Subject: math
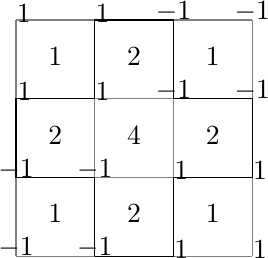
LaTeX code:
    \begin{tikzpicture}[scale=1]
        \draw [gray] (0,0) grid (3,3);
        \draw (1,0)--(2,0)--(2,1)--(3,1)--(3,2)--(2,2)--(2,3)--(1,3)--(1,2)--(0,2)--(0,1)--(1,1)--(1,0);

        \node [above] at (0,.85) {$-1$};
        \node [above] at (1,.85) {$-1$};
        \node [above] at (2.1,.85) {$1$};
        \node [above] at (3.1,.85) {$1$};
        \node [above] at (0.11,1.85) {$1$};
        \node [above] at (1.1,1.85) {$1$};
        \node [above] at (2,1.85) {$-1$};
        \node [above] at (3,1.85) {$-1$};
        \node [above] at (0,-.15) {$-1$};
        \node [above] at (1,-.15) {$-1$};
        \node [above] at (2.1,-.15) {$1$};
        \node [above] at (3.1,-.15) {$1$};
        \node [above] at (0.1,2.85) {$1$};
        \node [above] at (1.1,2.85) {$1$};
        \node [above] at (2,2.85) {$-1$};
        \node [above] at (3,2.85) {$-1$};

        \node [above] at (0.5,0.3) {$1$};
        \node [above] at (0.5,1.3) {$2$};
        \node [above] at (1.5,0.3) {$2$};
        \node [above] at (1.5,1.3) {$4$};
        \node [above] at (2.5,0.3) {$1$};
        \node [above] at (2.5,1.3) {$2$};
        \node [above] at (0.5,2.3) {$1$};
        \node [above] at (1.5,2.3) {$2$};
        \node [above] at (2.5,2.3) {$1$};
    \end{tikzpicture}